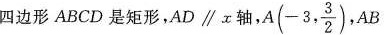
四边形ABCD是矩形，AD\parallel α轴，A(-3, \frac{3}{2})，$$A B